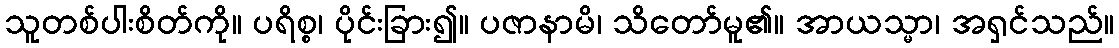
သူတစ်ပါးစိတ်ကို။ ပရိစ္စ၊ ပိုင်းခြား၍။ ပဇာနာမိ၊ သိတော်မူ၏။ အာယသ္မာ၊ အရှင်သည်။